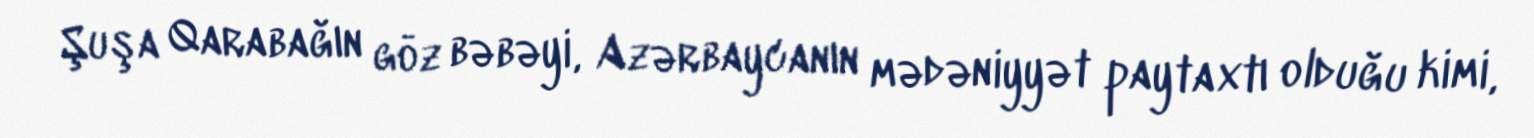
Şuşa Qarabağın göz bəbəyi, Azərbaycanın mədəniyyət paytaxtı olduğu kimi,